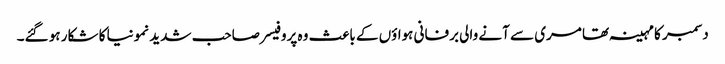
دسمبر کا مہینہ تھا مری سے آنے والی برفانی ہواؤں کے باعث وہ پروفیسر صاحب شدید نمونیا کا شکار ہو گئے۔